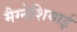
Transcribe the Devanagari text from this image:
मैग्नेशियाई